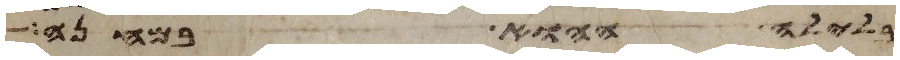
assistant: בלילה ההוא במחנה